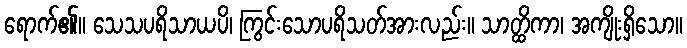
ရောက်၏။ သေသပရိသာယပိ၊ ကြွင်းသောပရိသတ်အားလည်း။ သာတ္ထိကာ၊ အကျိုးရှိသော။